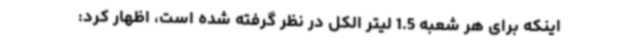
اینکه برای هر شعبه 1.5 لیتر الکل در نظر گرفته شده است، اظهار کرد: